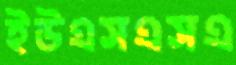
ইউএসএসএ